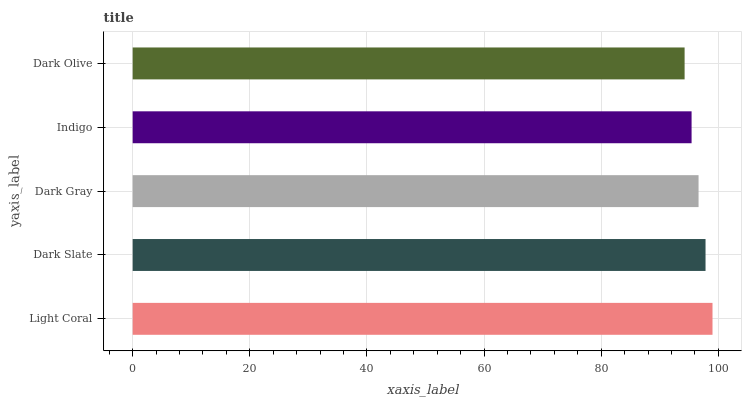
| yaxis_label | bars |
 | --- | --- |
 | Light Coral | 99 |
 | Dark Slate | 97.8 |
 | Dark Gray | 96.6 |
 | Indigo | 95.4 |
 | Dark Olive | 94.2 |